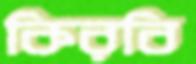
কিরবি